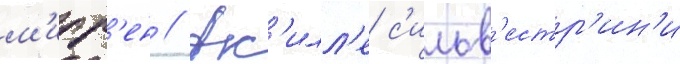
м'ирр'ен // Ак'илл'е с'ильв'естр'ин'и